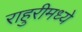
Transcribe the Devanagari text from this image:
राहुरीमध्ये